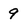
Character: 9